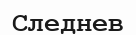
Следнев